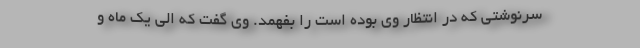
سرنوشتی که در انتظار وی بوده است را بفهمد. وی گفت که الی یک ماه و